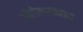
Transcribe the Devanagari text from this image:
ऑरोसाइनाइड